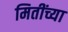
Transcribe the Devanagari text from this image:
मितींच्या